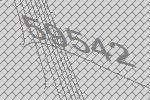
59542